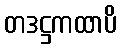
တဒဋ္ဌကထာပိ